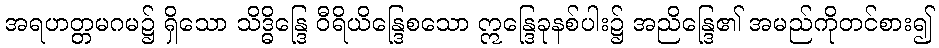
အရဟတ္တမဂမ၌ ရှိသော သိဒ္ဓိန္ဒြေ ဝီရိယိန္ဒြေစသော ဣန္ဒြေခုနစ်ပါး၌ အညိန္ဒြေ၏ အမည်ကိုတင်စား၍